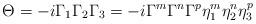
LaTeX: \begin{align*}\Theta = -i \Gamma_1 \Gamma_2 \Gamma_3 = -i \Gamma^m \Gamma^n \Gamma^p \eta^m_1 \eta^n_2 \eta^p_3 \end{align*}